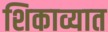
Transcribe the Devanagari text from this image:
शिकाव्यात